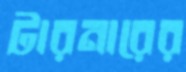
টারনারের